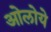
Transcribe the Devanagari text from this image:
ओलोये